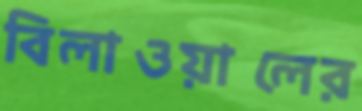
বিলাওয়ালের